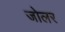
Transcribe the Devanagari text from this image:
जोलर